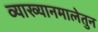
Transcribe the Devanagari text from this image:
व्याख्यानमालेतुन